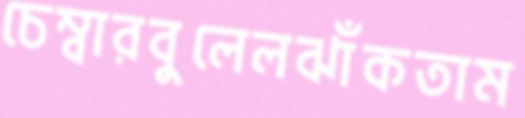
চেম্বারবুলেলঝাঁকতাম